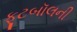
ફૂટબૉલની